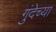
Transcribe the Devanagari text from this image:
गुंदेच्या